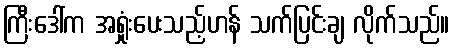
ကြီးဒေါ်က အရှုံးပေးသည့်ဟန် သက်ပြင်းချ လိုက်သည်။